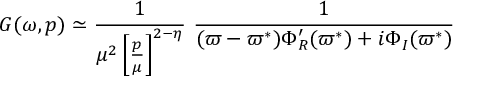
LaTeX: G ( \omega , p ) \simeq \frac { 1 } { \mu ^ { 2 } \left[ \frac { p } { \mu } \right] ^ { 2 - \eta } } ~ \frac { 1 } { ( \varpi - \varpi ^ { * } ) \Phi _ { R } ^ { \prime } ( \varpi ^ { * } ) + i \Phi _ { I } ( \varpi ^ { * } ) }